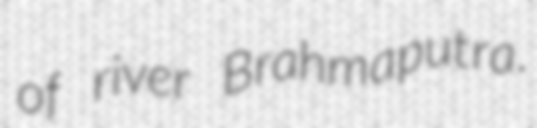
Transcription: of river Brahmaputra.